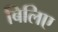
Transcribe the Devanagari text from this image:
बिलिए